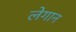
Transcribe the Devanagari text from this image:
लेगान